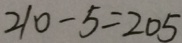
2 1 0 - 5 = 2 0 5